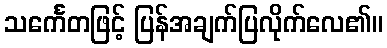
သင်္ကေတဖြင့် ပြန်အချက်ပြလိုက်လေ၏။